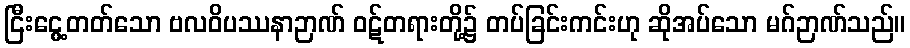
ငြီးငွေ့တတ်သော ဗလဝိပဿနာဉာဏ် ဝဋ်တရားတို့၌ တပ်ခြင်းကင်းဟု ဆိုအပ်သော မဂ်ဉာဏ်သည်။